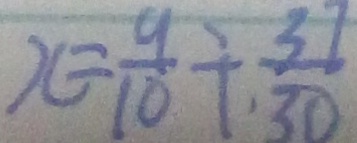
x = \frac { 9 } { 1 0 } + . \frac { 3 7 } { 3 0 }